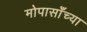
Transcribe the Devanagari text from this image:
मोपासाँच्या